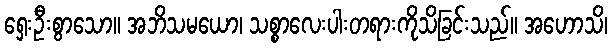
ရှေးဦးစွာသော။ အဘိသမယော၊ သစ္စာလေးပါးတရားကိုသိခြင်းသည်။ အဟောသိ၊